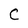
Character: C